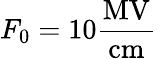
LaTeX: F_{0}=10\frac{\mathrm{MV}}{\mathrm{cm}}